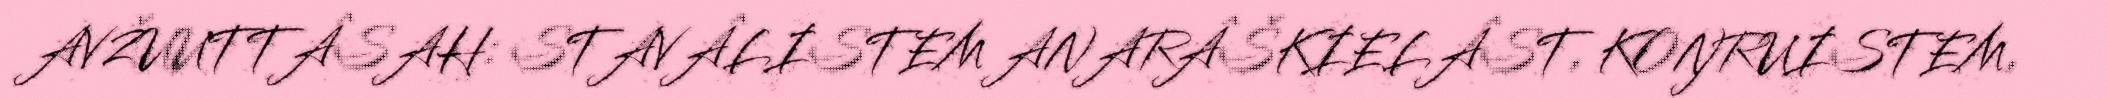
AVŽUUTTÂSAH: STAVÂLISTEM ANARÂŠKIELÂST, KOŊRUISTEM,